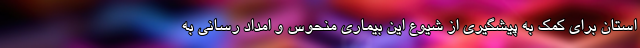
استان برای کمک به پیشگیری از شیوع این بیماری منحوس و امداد رسانی به